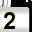
Digit: 2